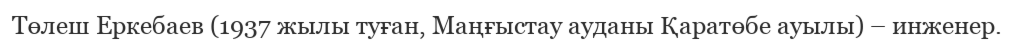
Төлеш Еркебаев (1937 жылы туған, Маңғыстау ауданы Қаратөбе ауылы) – инженер.